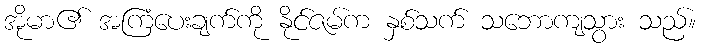
အိုမာ၏ အကြံပေးချက်ကို နိုင်ဇမ်က နှစ်သက် သဘောကျသွား သည်။